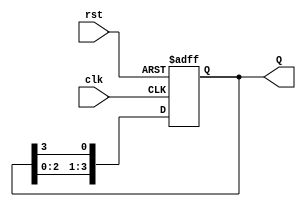
module ring_counter #(parameter N = 4) (
    input wire clk,           // Clock input
    input wire rst,           // Asynchronous reset
    output reg [N-1:0] Q      // Output representing the current state
);
    
    // Initial state of the ring counter
    initial begin
        Q = 1'b1;  // Start with the first flip-flop set to '1'
    end

    // On each clock cycle, update the state of the ring counter
    always @(posedge clk or posedge rst) begin
        if (rst) begin
            Q <= 1'b1;  // Reset to the first state
        end else begin
            Q <= {Q[N-2:0], Q[N-1]};  // Shift the '1' to the next flip-flop
        end
    end

endmodule